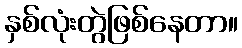
နှစ်လုံးတွဲဖြစ်နေတာ။